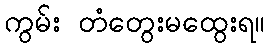
ကွမ်း တံတွေးမထွေးရ။